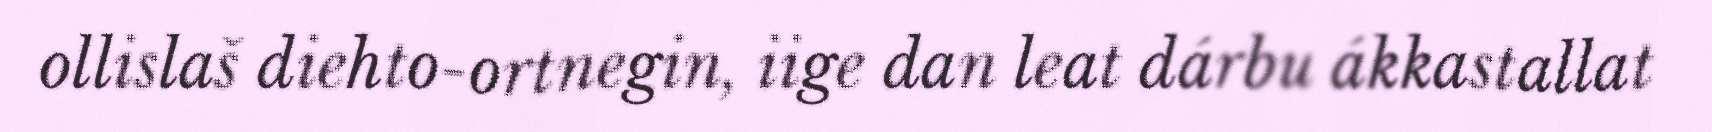
ollislaš diehto-ortnegin, iige dan leat dárbu ákkastallat